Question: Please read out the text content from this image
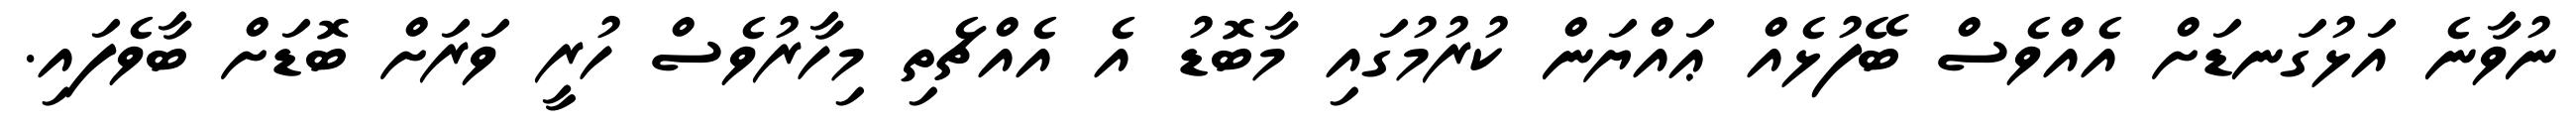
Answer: ނުވާނެ އަޅުގަނޑަށް އެއްވެސް ބޭފުޅެއް ޢައްޔަން ކުރުމުގައި މާބޮޑު އެ އެއްޗެތި މިހާރުވެސް ހުރީ ވަރަށް ބޮޑަށް ބާވެފައި.